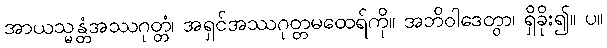
အာယသ္မန္တံအဿဂုတ္တံ၊ အရှင်အဿဂုတ္တမထေရ်ကို။ အဘိဝါဒေတွာ၊ ရှိခိုး၍။ ပ။